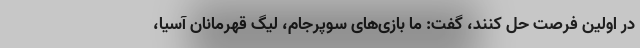
در اولین فرصت حل کنند، گفت: ما بازی‌های سوپرجام، لیگ قهرمانان آسیا،